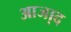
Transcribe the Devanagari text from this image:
आजा़द